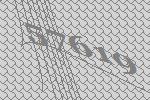
57619